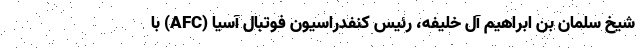
شیخ سلمان بن ابراهیم آل خلیفه، رئیس کنفدراسیون فوتبال آسیا (AFC) با